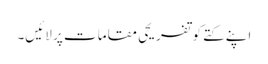
اپنے کتے کو تفریحی مقامات پر لائیں۔